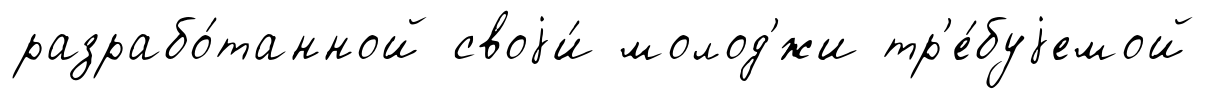
разрабо́танной своjи́ молод'́жи тр'е́буjемой